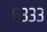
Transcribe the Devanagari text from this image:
६३३३